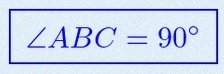
\angle ABC=90^\circ